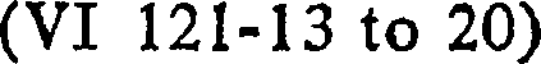
(VI 121-13 to 20)